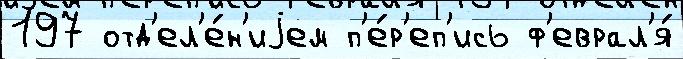
197 отд'ел'е́н'иjем п'е́р'еп'ись ф'еврал'я́